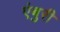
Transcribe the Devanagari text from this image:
एंबुरी